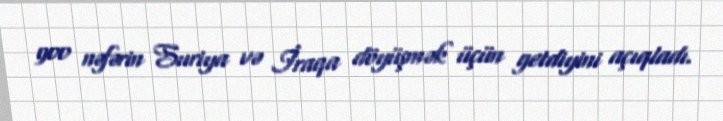
900 nəfərin Suriya və İraqa döyüşmək üçün getdiyini açıqladı.